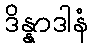
ဒိန္နာဒါနံ